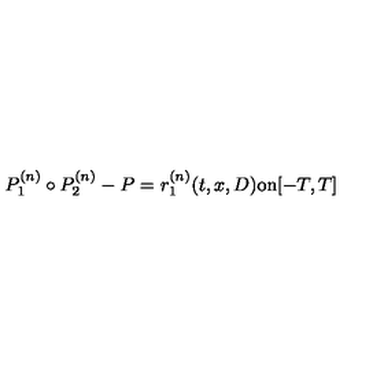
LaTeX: P _ { 1 } ^ { ( n ) } \circ P _ { 2 } ^ { ( n ) } - P = r _ { 1 } ^ { ( n ) } ( t , x , D ) \mathrm { o n } [ - T , T ]